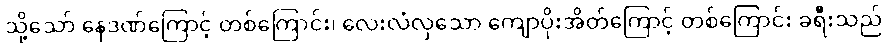
သို့သော် နေဒဏ်ကြောင့် တစ်ကြောင်း၊ လေးလံလှသော ကျောပိုးအိတ်ကြောင့် တစ်ကြောင်း ခရီးသည်